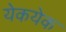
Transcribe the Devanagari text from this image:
येकयेक